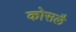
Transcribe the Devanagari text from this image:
कोसलै